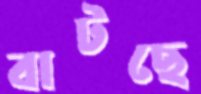
বাটছে